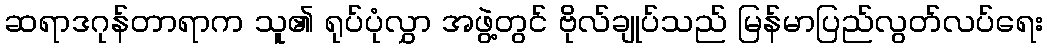
ဆရာဒဂုန်တာရာက သူ၏ ရုပ်ပုံလွှာ အဖွဲ့တွင် ဗိုလ်ချုပ်သည် မြန်မာပြည်လွတ်လပ်ရေး